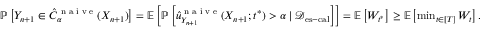
\begin{array} { r } { \mathbb { P } \left[ Y _ { n + 1 } \in \hat { C } _ { \alpha } ^ { \textup { n a i v e } } ( X _ { n + 1 } ) \right] = \mathbb { E } \left[ \mathbb { P } \left[ \hat { u } _ { Y _ { n + 1 } } ^ { \textup { n a i v e } } ( X _ { n + 1 } ; t ^ { * } ) > \alpha \mid \mathcal { D } _ { \mathrm { e s - c a l } } \right] \right] = \mathbb { E } \left[ W _ { t ^ { * } } \right] \geq \mathbb { E } \left[ \operatorname* { m i n } _ { t \in [ T ] } W _ { t } \right] . } \end{array}